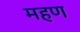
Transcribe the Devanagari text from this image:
महण